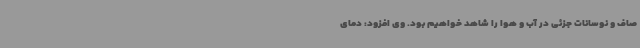
صاف و نوسانات جزئی در آب و هوا را شاهد خواهیم بود. وی افزود: دمای